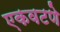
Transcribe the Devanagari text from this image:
एकवटणे